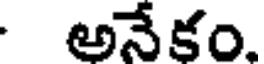
అనేకం.